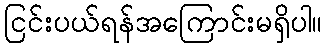
ငြင်းပယ်ရန်အကြောင်းမရှိပါ။